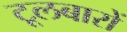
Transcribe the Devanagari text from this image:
टूलबारों